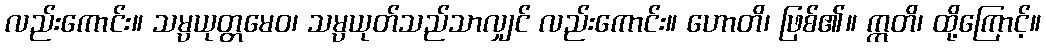
လည်းကောင်း။ သမ္ပယုတ္တမေဝ၊ သမ္ပယုတ်သည်သာလျှင် လည်းကောင်း။ ဟောတိ၊ ဖြစ်၏။ ဣတိ၊ ထို့ကြောင့်။